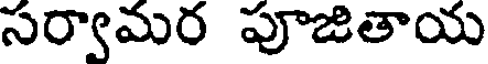
సర్వామర పూజితాయ